Document type: Sale
Year: 1323
Scribe: Guillem Coscoll
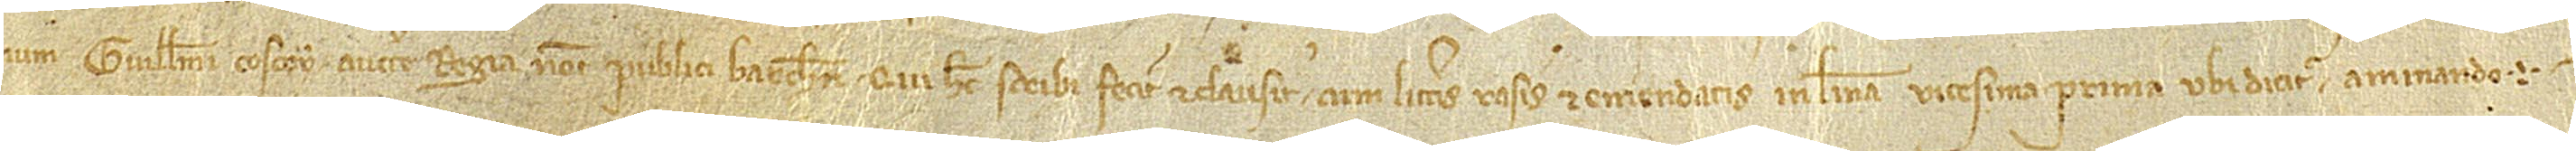
num Guillelmi Coscoy, auctoritate regia notarii publici Barchinone, qui hec scribi fecit et clausit cum litteris rasis et emendatis in linea vicesima prima, ubi dicitur “aminando”.